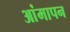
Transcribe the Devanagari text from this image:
आंमापन